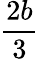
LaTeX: \frac{2b}{3}